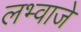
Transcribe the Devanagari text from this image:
लभ्वाजे